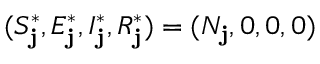
( S _ { \mathbf { j } } ^ { * } , E _ { \mathbf { j } } ^ { * } , I _ { \mathbf { j } } ^ { * } , R _ { \mathbf { j } } ^ { * } ) = ( N _ { \mathbf { j } } , 0 , 0 , 0 )